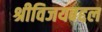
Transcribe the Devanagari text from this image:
श्रीविजयबद्दल